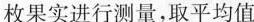
枚果实进行测量，取平均值